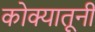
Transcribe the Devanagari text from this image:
कोक्यातूनी